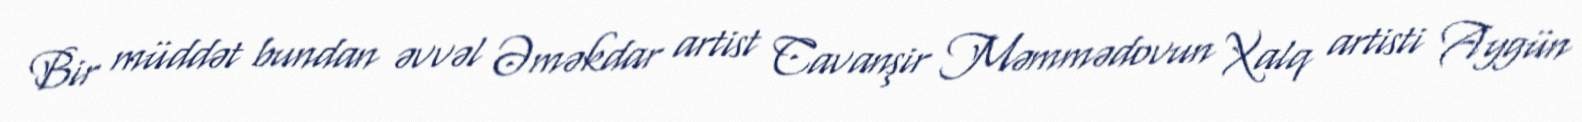
Bir müddət bundan əvvəl Əməkdar artist Cavanşir Məmmədovun Xalq artisti Aygün